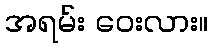
အရမ်း ဝေးလား။